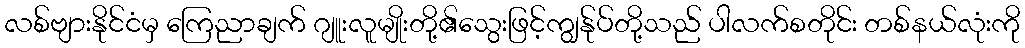
လစ်ဗျားနိုင်ငံမှ ကြေညာချက် ဂျူးလူမျိုးတို့၏သွေးဖြင့်ကျွန်ုပ်တို့သည် ပါလက်စတိုင်း တစ်နယ်လုံးကို